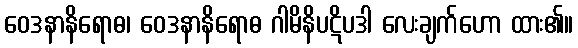
ဝေဒနာနိရောဓ၊ ဝေဒနာနိရောဓ ဂါမိနိပဋိပဒါ လေးချက်ဟော ထား၏။